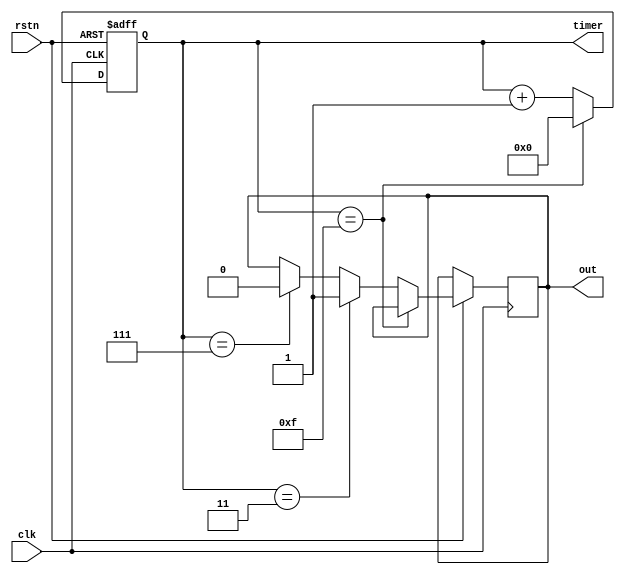
module PWM(
    timer, clk, out, rstn
);
    input clk;
    input rstn;
    output out;
    output [31 : 0] timer;
    reg out;
    reg [31 : 0]timer ;
    
    initial begin
        timer <= 32'b0;
        out <= 1'b0;
    end

    always @(posedge clk or negedge rstn) begin
        if (!rstn) begin
            timer <= 32'd0;
        end
        else if(timer == 32'b1111) begin
            timer <= 32'd0;
        end
        else if(timer == 32'b11) begin
            out <= 32'd1;
            timer <= timer + 32'b1;
        end
        else if(timer == 32'b111) begin
            out <= 32'd0;
            timer <= timer + 32'b1;
        end
        else begin
            timer <= timer + 32'b1;
        end
    end
endmodule